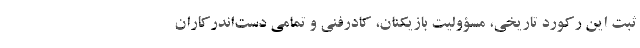
ثبت این رکورد تاریخی، مسؤولیت بازیکنان، کادرفنی و تمامی دست‌اندرکاران